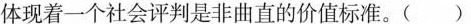
体现着一个社会评判是非曲直的价值标准。( )